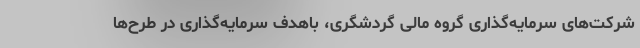
شرکت‌های سرمایه‌گذاری گروه مالی گردشگری، باهدف سرمایه‌گذاری در طرح‌ها